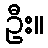
ဦး။